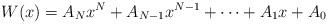
LaTeX: \begin{align*}W(x)=A_N x^N+A_{N-1}x^{N-1}+\cdots +A_1x+A_0\end{align*}